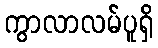
ကွာလာလမ်ပူရှိ